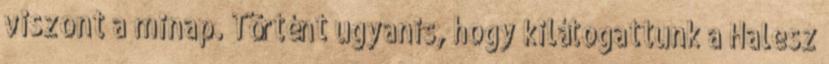
viszont a minap. Történt ugyanis, hogy kilátogattunk a Halesz